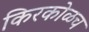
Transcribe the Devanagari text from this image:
किरकोळच